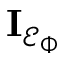
\mathbf { I } _ { \mathcal { E } _ { \Phi } }